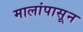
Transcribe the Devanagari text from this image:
मालांपासून